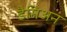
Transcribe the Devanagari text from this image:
डैमिअन